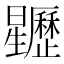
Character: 𣌜